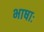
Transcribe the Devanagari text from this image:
भाषाः